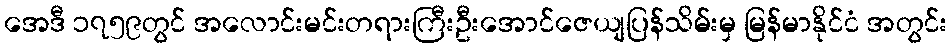
အေဒီ ၁၇၅၉တွင် အလောင်းမင်းတရားကြီးဦးအောင်ဇေယျပြန်သိမ်းမှ မြန်မာနိုင်ငံ အတွင်း